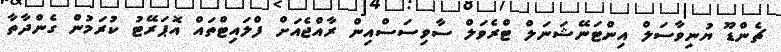
ޗެންޑޫ ޔުނިވާސަލް އިންޓަނޭޝަނަލް ޓްރެވަލް ސާވިސަސްއިން ރާއްޖެއަށް ފްލައިޓްތައް އޮޕަރޭޓު ކުރަމުން ގެންދާތާ